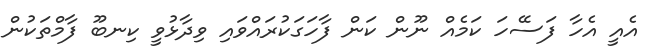
އެއީ އެހާ ފަސޭހަ ކަމެއް ނޫން ކަން ފާހަގަކުރައްވައި ވިދާޅުވީ ކިނބޫ ފާމްތަކުން